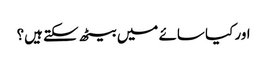
اور کیا سائے میں بیٹھ سکتے ہیں؟